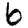
Digit: 6